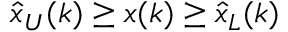
{ \hat { x } } _ { U } ( k ) \geq x ( k ) \geq { \hat { x } } _ { L } ( k )